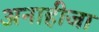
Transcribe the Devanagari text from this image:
अनाहीजा